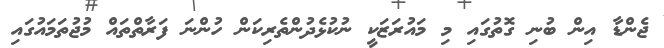
ޖެންޑާ އިން ބުނި ގޮތުގައި މި މައުރަޒަކީ ނުކުޅެދުންތެރިކަން ހުންނަ ފަރާތްތައް މުޖުތަމައުގައި